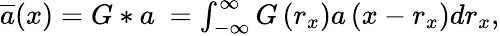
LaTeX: \begin{array}{r}{\overline{{{a}}}(x)=G*a\ =\int_{-\infty}^{\infty}G\left(r_{x}\right)a\left(x-r_{x}\right)dr_{x},}\end{array}